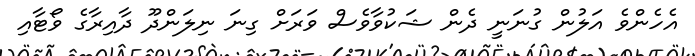
އެހެންވެ އަލުން ގުނަނީ ދެން ޝަކުވާވެސް ވަރަށް ގިނަ ނިލަންދޫ ދާއިރާގެ ވޯޓާއި